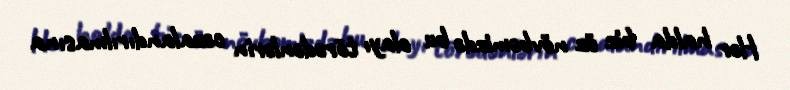
Hər halda biz öz növbəmizdə bu olayı törədənlərin cəzalandırılmasına